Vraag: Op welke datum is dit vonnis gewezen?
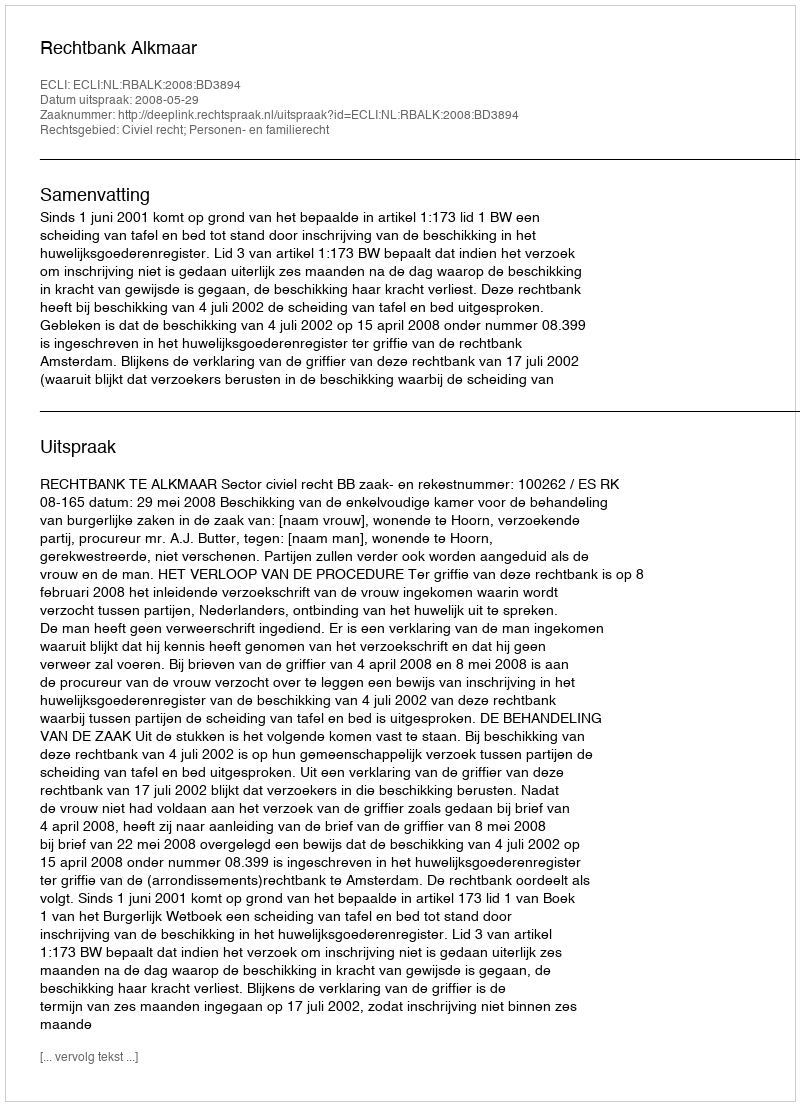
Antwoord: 2008-05-29